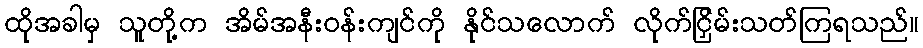
ထိုအခါမှ သူတို့က အိမ်အနီးဝန်းကျင်ကို နိုင်သလောက် လိုက်ငြှိမ်းသတ်ကြရသည်။